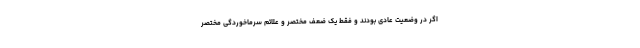
اگر در وضعیت عادی بودند و فقط یک ضعف مختصر و علائم سرماخوردگی مختصر